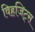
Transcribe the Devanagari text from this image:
विहजिट्स